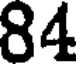
84